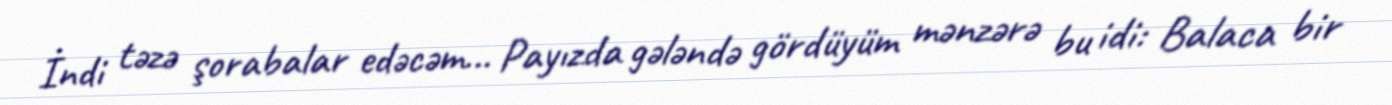
İndi təzə şorabalar edəcəm… Payızda gələndə gördüyüm mənzərə bu idi: Balaca bir